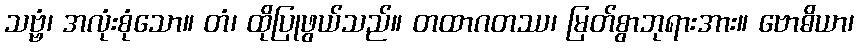
သဗ္ဗံ၊ အလုံးစုံသော။ တံ၊ ထိုပြုဖွယ်သည်။ တထာဂတဿ၊ မြတ်စွာဘုရားအား။ ဗောဓိယာ၊